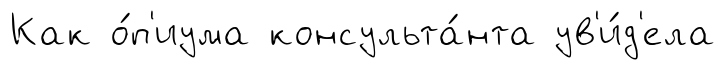
Как о́п'иума консульта́нта ув'и́д'ела